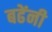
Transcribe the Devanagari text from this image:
बढेंनी